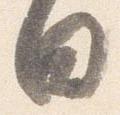
日